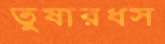
তুষারধস